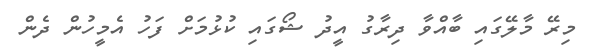
މިރޭ މާލޭގައި ބާއްވާ ދިރާގު އީދު ޝޯގައި ކުޅުމަށް ފަހު އެމީހުން ދެން